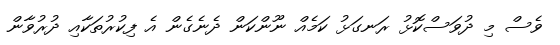
ވެސް މި ދުވަސްކޮޅު ރަނގަޅު ކަމެއް ނޫންކަން ދެނެގެން އެ ފިކުރުތަކާއި ދުރުވާން